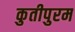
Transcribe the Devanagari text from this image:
कुतीपुरम